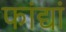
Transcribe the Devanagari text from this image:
फांद्यां